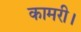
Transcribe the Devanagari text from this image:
कामरी।